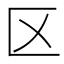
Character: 区